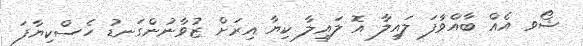
ޝޯވ އެއް ބާއްވާފަ ލައިލާ އޮ ލައިލާ ކިޔާ އިރަށް ޒުވާނުންގަނޑު ހެސްކިޔާފަ